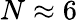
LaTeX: N\approx 6